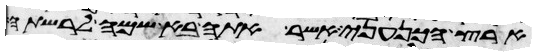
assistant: ארץ הכנעני אשר אתה בא שמה לרשתה